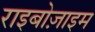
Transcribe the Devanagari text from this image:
राइबोज़ाइम